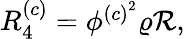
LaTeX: \begin{array}{r}{R_{4}^{\left(c\right)}=\phi^{\left(c\right)^{2}}\varrho\mathcal{R},}\end{array}